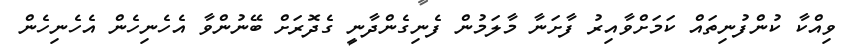
ވިއްކާ ކުންފުނިތައް ކަމަށްވާއިރު ފާށަނާ މާލަމުން ފެނިގެންދާނީ ގެދޮރަށް ބޭނުންވާ އެހެނިހެން އެހެނިހެން